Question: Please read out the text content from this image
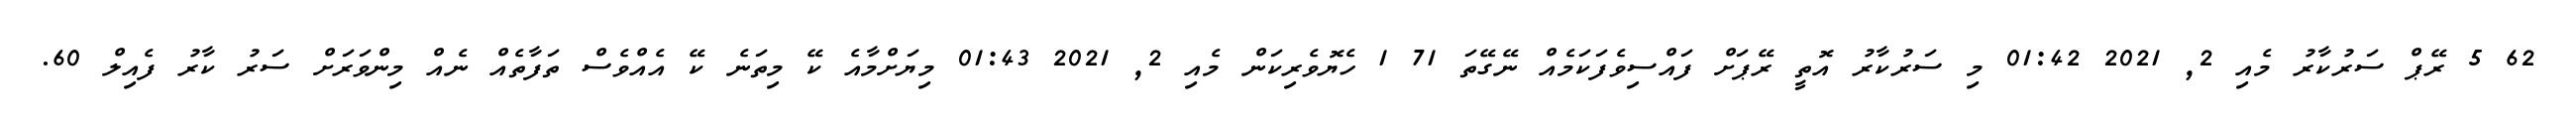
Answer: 62 5 ރޭޕް ސަރުކާރު މެއި 2, 2021 01:42 މި ސަރުކާރު އޮތީ ރޭޕަށް ފައްސިވެފަކަމެއް ނޭގޭތަ 71 1 ހެޔޮވެރިކަން މެއި 2, 2021 01:43 މިޔަށްމާއެ ކޭ މިތަނެ ކޭ އެއްވެސް ތަފާތެއް ނެއް މިންވަރަށް ސަރު ކާރު ފެއިލް 60.